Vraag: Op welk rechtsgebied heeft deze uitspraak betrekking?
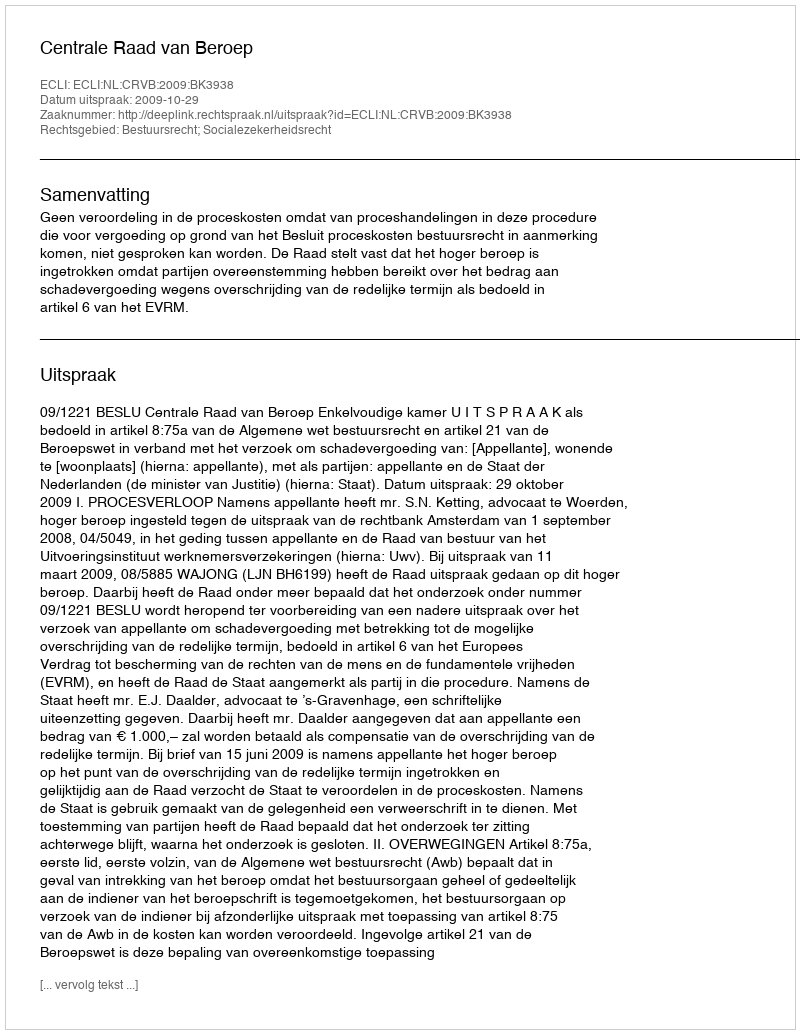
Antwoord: Bestuursrecht; Socialezekerheidsrecht